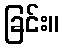
ခြင်း။